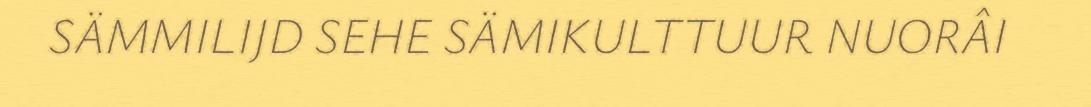
SÄMMILIJD SEHE SÄMIKULTTUUR NUORÂI